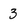
Character: 3